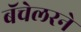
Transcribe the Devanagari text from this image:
बॅचेलरने